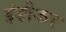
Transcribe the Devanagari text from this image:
इंडीकर